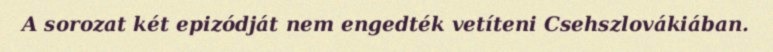
A sorozat két epizódját nem engedték vetíteni Csehszlovákiában.